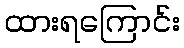
ထားရကြောင်း